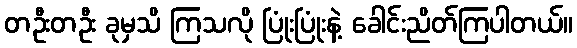
တဦးတဦး ခုမှသိ ကြသလို ပြုံးပြုံးနဲ့ ခေါင်းညိတ်ကြပါတယ်။